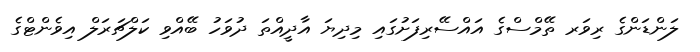
ލަންޑަންގެ ރިވަރ ތޭމްސްގެ އައްސޭރިފަށުގައި މިދިޔަ އާދީއްތަ ދުވަހު ބޭއްވި ކަލްޗަރަލް އިވެންޓްގެ